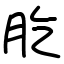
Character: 肐